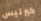
كيرتيس